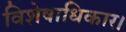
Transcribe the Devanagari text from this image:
विशेषाधिकार।